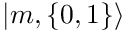
| { m , \{ 0 , 1 \} } \rangle